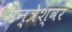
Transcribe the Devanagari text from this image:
मन्त्रेश्वर